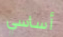
أساسي